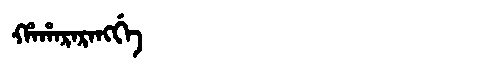
Manchu: ᡥᠠᡥᠠᡵᠠᡵᠠᠩᡤᡝ
Romanization: HAHARARANGGE